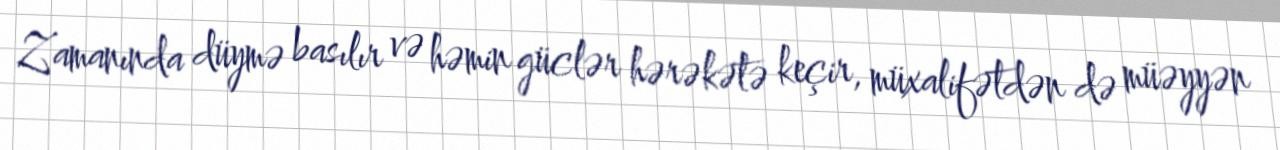
Zamanında düymə basılır və həmin güclər hərəkətə keçir, müxalifətdən də müəyyən